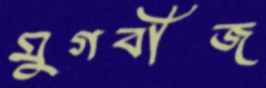
মুগবীজ